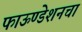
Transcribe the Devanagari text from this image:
फाऊण्डेशनचा